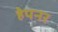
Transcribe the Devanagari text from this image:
हेपनर